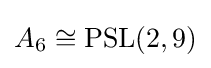
A_{6}\cong \operatorname {PSL} (2,9)